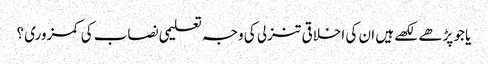
یا جو پڑھے لکھے ہیں ان کی اخلاقی تنزلی کی وجہ تعلیمی نصاب کی کمزوری ؟